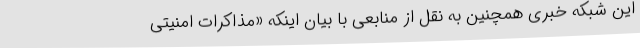
این شبکه خبری همچنین به نقل از منابعی با بیان اینکه «مذاکرات امنیتی